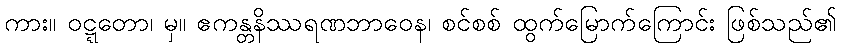
ကား။ ဝဋ္ဋတော၊ မှ။ ဧကန္တနိဿရဏဘာဝေန၊ စင်စစ် ထွက်မြောက်ကြောင်း ဖြစ်သည်၏